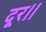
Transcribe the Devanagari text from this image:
दूर।।